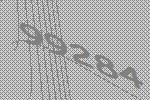
99284